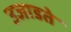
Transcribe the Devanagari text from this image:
उजाडते